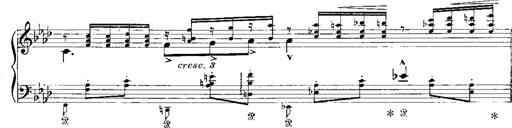
Title: Miserere du Trovatore
Composer: Franz Liszt